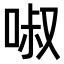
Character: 𠴫